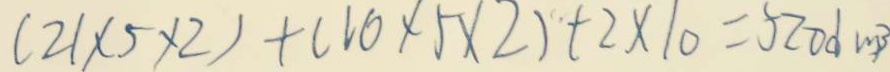
( 2 1 \times 5 \times 2 ) + ( 1 0 \times 5 \times 2 ) + 2 \times 1 0 = 5 2 0 d m ^ { 3 }